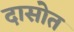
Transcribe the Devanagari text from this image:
दासोत